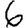
Digit: 6